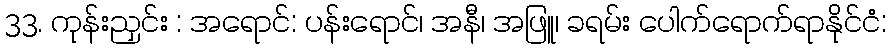
33. ကုန်းညှင်း : အရောင်: ပန်းရောင်၊ အနီ၊ အဖြူ၊ ခရမ်း ပေါက်ရောက်ရာနိုင်ငံ: